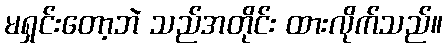
မရှင်းတော့ဘဲ သည်အတိုင်း ထားလိုက်သည်။